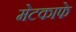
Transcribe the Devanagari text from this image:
मेटकाफे